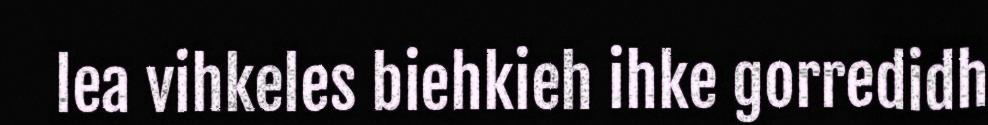
lea vihkeles biehkieh ihke gorredidh